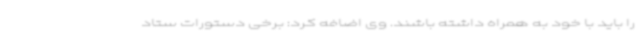
را باید با خود به همراه داشته باشند. وی اضافه کرد: برخی دستورات ستاد